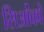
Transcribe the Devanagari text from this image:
सिओंको